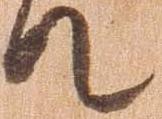
て